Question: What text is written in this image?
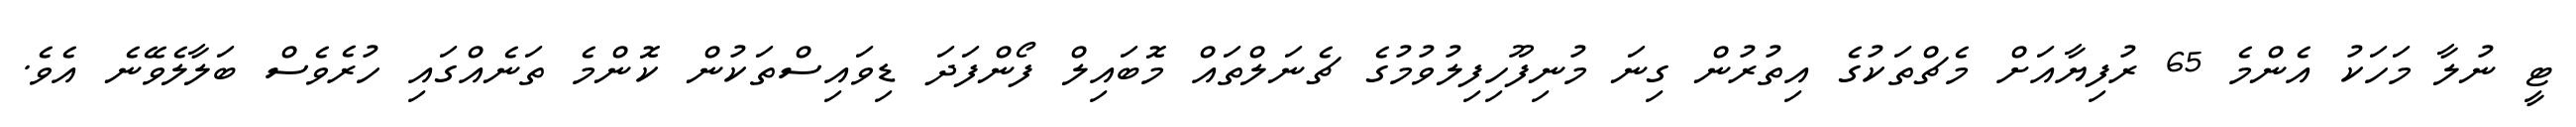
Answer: ޓީ ނުލާ މަހަކު އެންމެ 65 ރުފިޔާއަށް މެޗްތަކުގެ އިތުރުން ގިނަ މުނިފޫހިފިލުވުމުގެ ޗެނަލްތައް މޮބައިލް ފޯންފަދަ ޑިވައިސްތަކުން ކޮންމެ ތަނެއްގައި ހުރެވެސް ބަލާލެވޭނެ އެވެ.